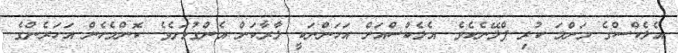
އެލެކްސްގެ މަންމަ ކުރި ޕްލޭނެކެވެ. އެލެކްސްއަށް އަހަންނަކީ ލާރާކަން އެންގުމަށެވެ. ކޮންމެހެން އަހަރެންގެ